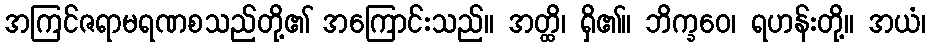
အကြင်ဇရာမရဏစသည်တို့၏ အကြောင်းသည်။ အတ္ထိ၊ ရှိ၏။ ဘိက္ခဝေ၊ ရဟန်းတို့။ အယံ၊